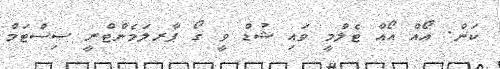
ކަން. އޯއް އޯއް ޓެލްމީ ވައި ޝުޑް ވީ ގޯ ޕާރލަމެންޓްރީ ސިސްޓަމް